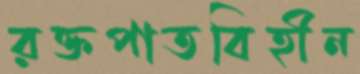
রক্তপাতবিহীন